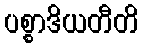
ပစ္စာဒိယတီတိ